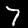
Digit: 7